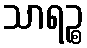
သာရဉ္စ